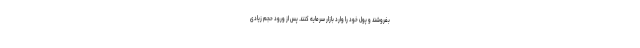
بفروشند و پول خود را وارد بازار سرمایه کنند. پس از ورود حجم زیادی